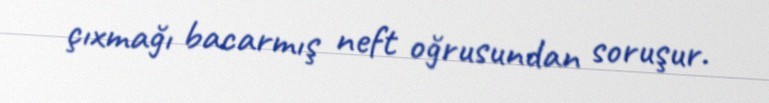
çıxmağı bacarmış neft oğrusundan soruşur.